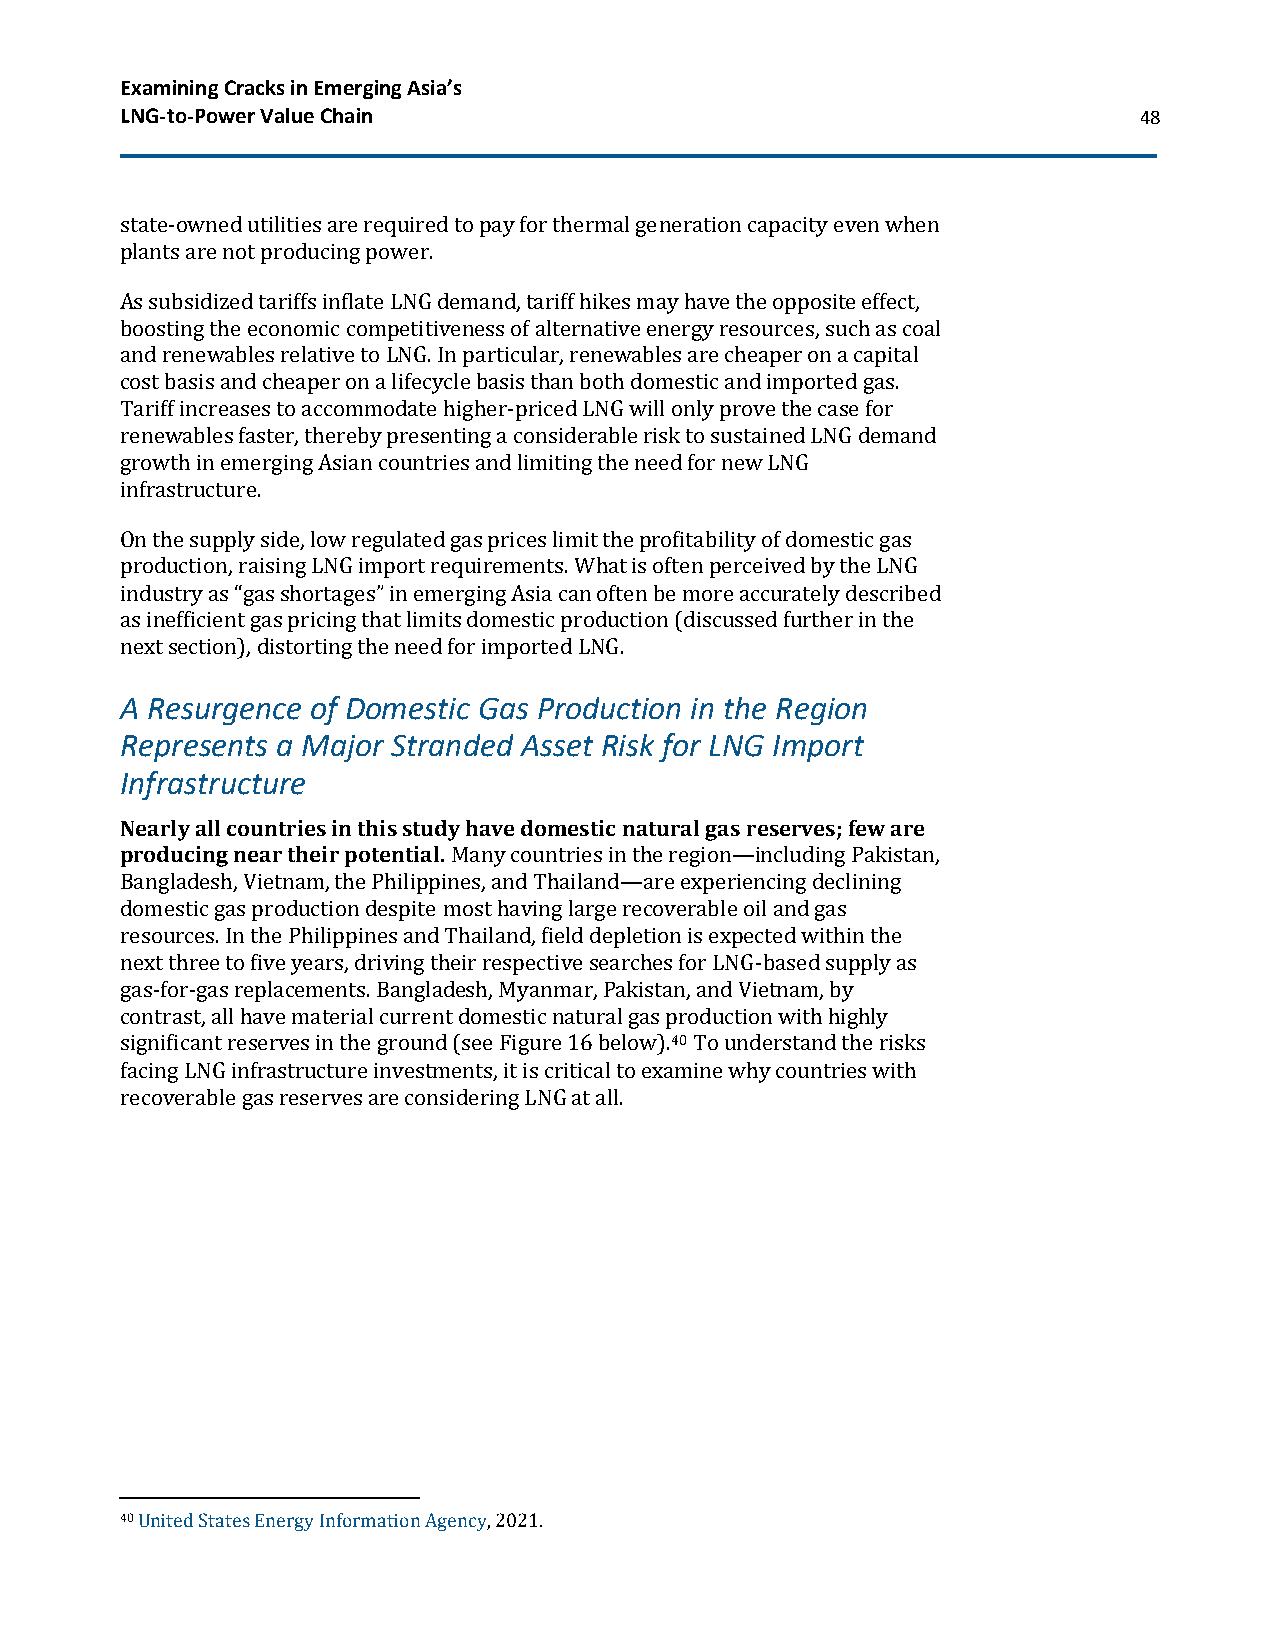
Examining Cracks in Emerging Asia’s
 LNG-to-Power Value Chain                                           48
 state-owned utilities are required to pay for thermal generation capacity even when
 plants are not producing power.
 As subsidized tariffs inflate LNG demand, tariff hikes may have the opposite effect,
 boosting the economic competitiveness of alternative energy resources, such as coal
 and renewables relative to LNG. In particular, renewables are cheaper on a capital
 cost basis and cheaper on a lifecycle basis than both domestic and imported gas.
 Tariff increases to accommodate higher-priced LNG will only prove the case for
 renewables faster, thereby presenting a considerable risk to sustained LNG demand
 growth in emerging Asian countries and limiting the need for new LNG
 infrastructure.
 On the supply side, low regulated gas prices limit the profitability of domestic gas
 production, raising LNG import requirements. What is often perceived by the LNG
 industry as “gas shortages” in emerging Asia can often be more accurately described
 as inefficient gas pricing that limits domestic production (discussed further in the
 next section), distorting the need for imported LNG.
 A Resurgence of Domestic Gas Production in the Region
 Represents a Major Stranded Asset Risk for LNG Import
 Infrastructure
 Nearly all countries in this study have domestic natural gas reserves; few are
 producing near their potential. Many countries in the region—including Pakistan,
 Bangladesh, Vietnam, the Philippines, and Thailand—are experiencing declining
 domestic gas production despite most having large recoverable oil and gas
 resources. In the Philippines and Thailand, field depletion is expected within the
 next three to five years, driving their respective searches for LNG-based supply as
 gas-for-gas replacements. Bangladesh, Myanmar, Pakistan, and Vietnam, by
 contrast, all have material current domestic natural gas production with highly
 significant reserves in the ground (see Figure 16 below).40 To understand the risks
 facing LNG infrastructure investments, it is critical to examine why countries with
 recoverable gas reserves are considering LNG at all.
 40 United States Energy Information Agency, 2021.